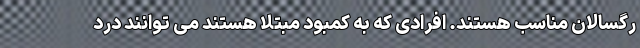
رگسالان مناسب هستند. افرادی که به کمبود مبتلا هستند می توانند درد